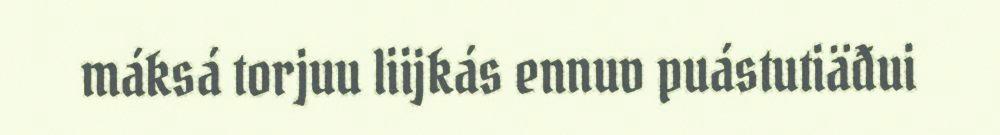
máksá torjuu liijkás ennuv puástutiäđui